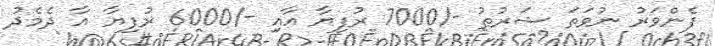
ފެންވަރު ނުވަތަ ޝަރުޠު -/7000 ރުފިޔާ އާއި -/6000 ރުފިޔާ އާ ދެމެދު